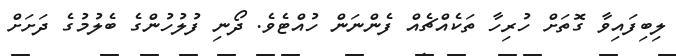
ލިބިފައިވާ ގޮތަށް ހުރިހާ ތަކެއްޗެއް ފެންނަން ހުއްޓެވެ. ދޯނި ފުލުހުންގެ ބެލުމުގެ ދަށަށް